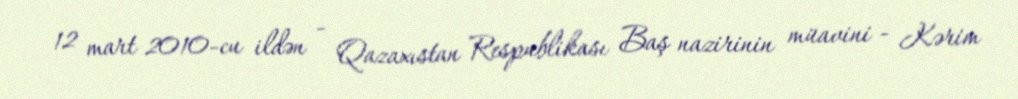
12 mart 2010-cu ildən - Qazaxıstan Respublikası Baş nazirinin müavini - Kərim